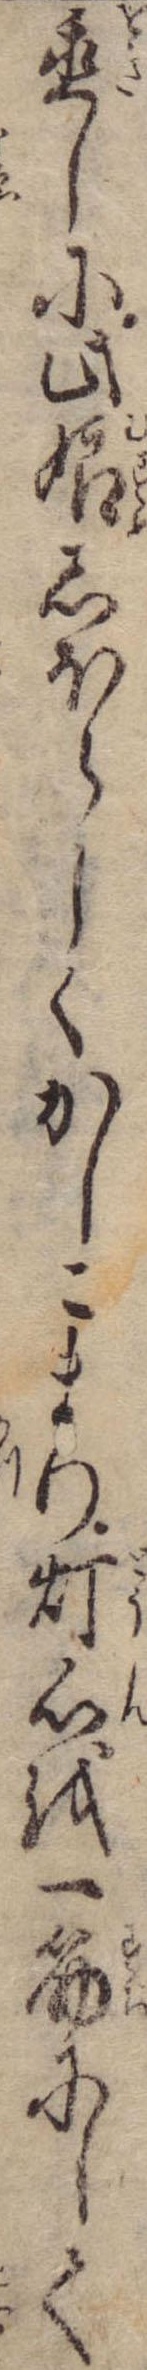
置しに此娘しほらしくかしこまり灯心を一筋にして